Document type: Sale
Year: 1354
Scribe: Bernat de Torre
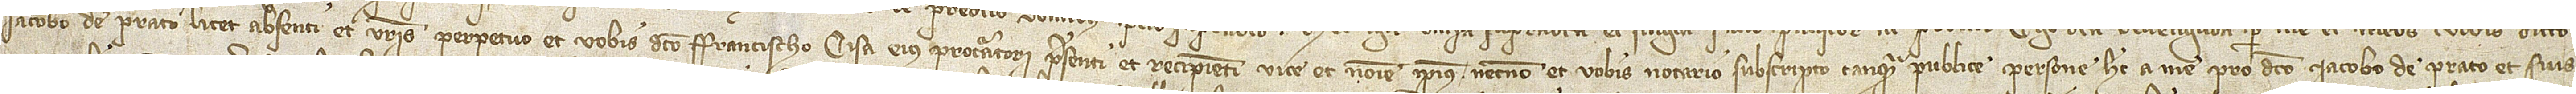
Iacobo de Prato, licet absenti, et vestris perpetuo et vobis dicto Francischo Cisa, eius procuratori, presenti et recipienti, vice et nomine ipsius necnon et vobis notario subscripto tanquam publice persone hec a me pro dicto Iacobo de Prato et suis